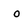
Character: o